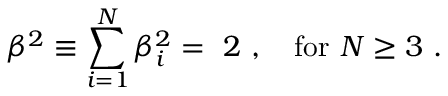
\beta ^ { 2 } \equiv \sum _ { i = 1 } ^ { N } { \beta } _ { i } ^ { 2 } = \ 2 \ , ~ ~ ~ \mathrm { f o r } \ N \ge 3 \ .